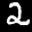
Label: 2